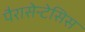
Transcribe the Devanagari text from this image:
पैरासेन्टेसिस